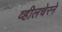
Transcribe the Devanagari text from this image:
व्हीलचेरने